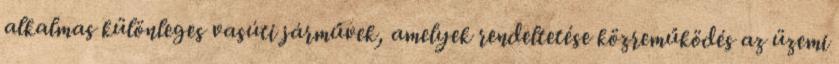
alkalmas különleges vasúti járművek, amelyek rendeltetése közreműködés az üzemi